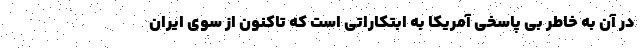
در آن به خاطر بی پاسخی آمریکا به ابتکاراتی است که تاکنون از سوی ایران